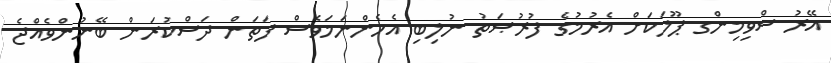
އޭރު ސްވިމިންގ ޕޫލަކަށް އެރުމުގެ ފުރުޞަތު ނުލިބި އެހެންނަމަވެސް ފަތަން ދަސްކުރަން ބޭނުންވެއްޖެ